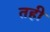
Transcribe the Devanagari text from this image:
तही